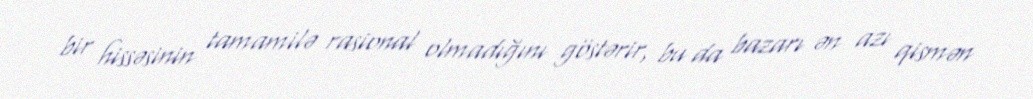
bir hissəsinin tamamilə rasional olmadığını göstərir, bu da bazarı ən azı qismən